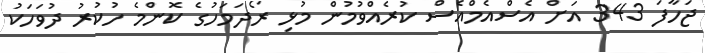
ޖަހާފަ 343 އަށް އެސްއެމްއެސް ކުރެއްވުމުން މުޅި ރޯދަމަހުގެ ކޮންމެ ހުކުރު ދުވަހަކު